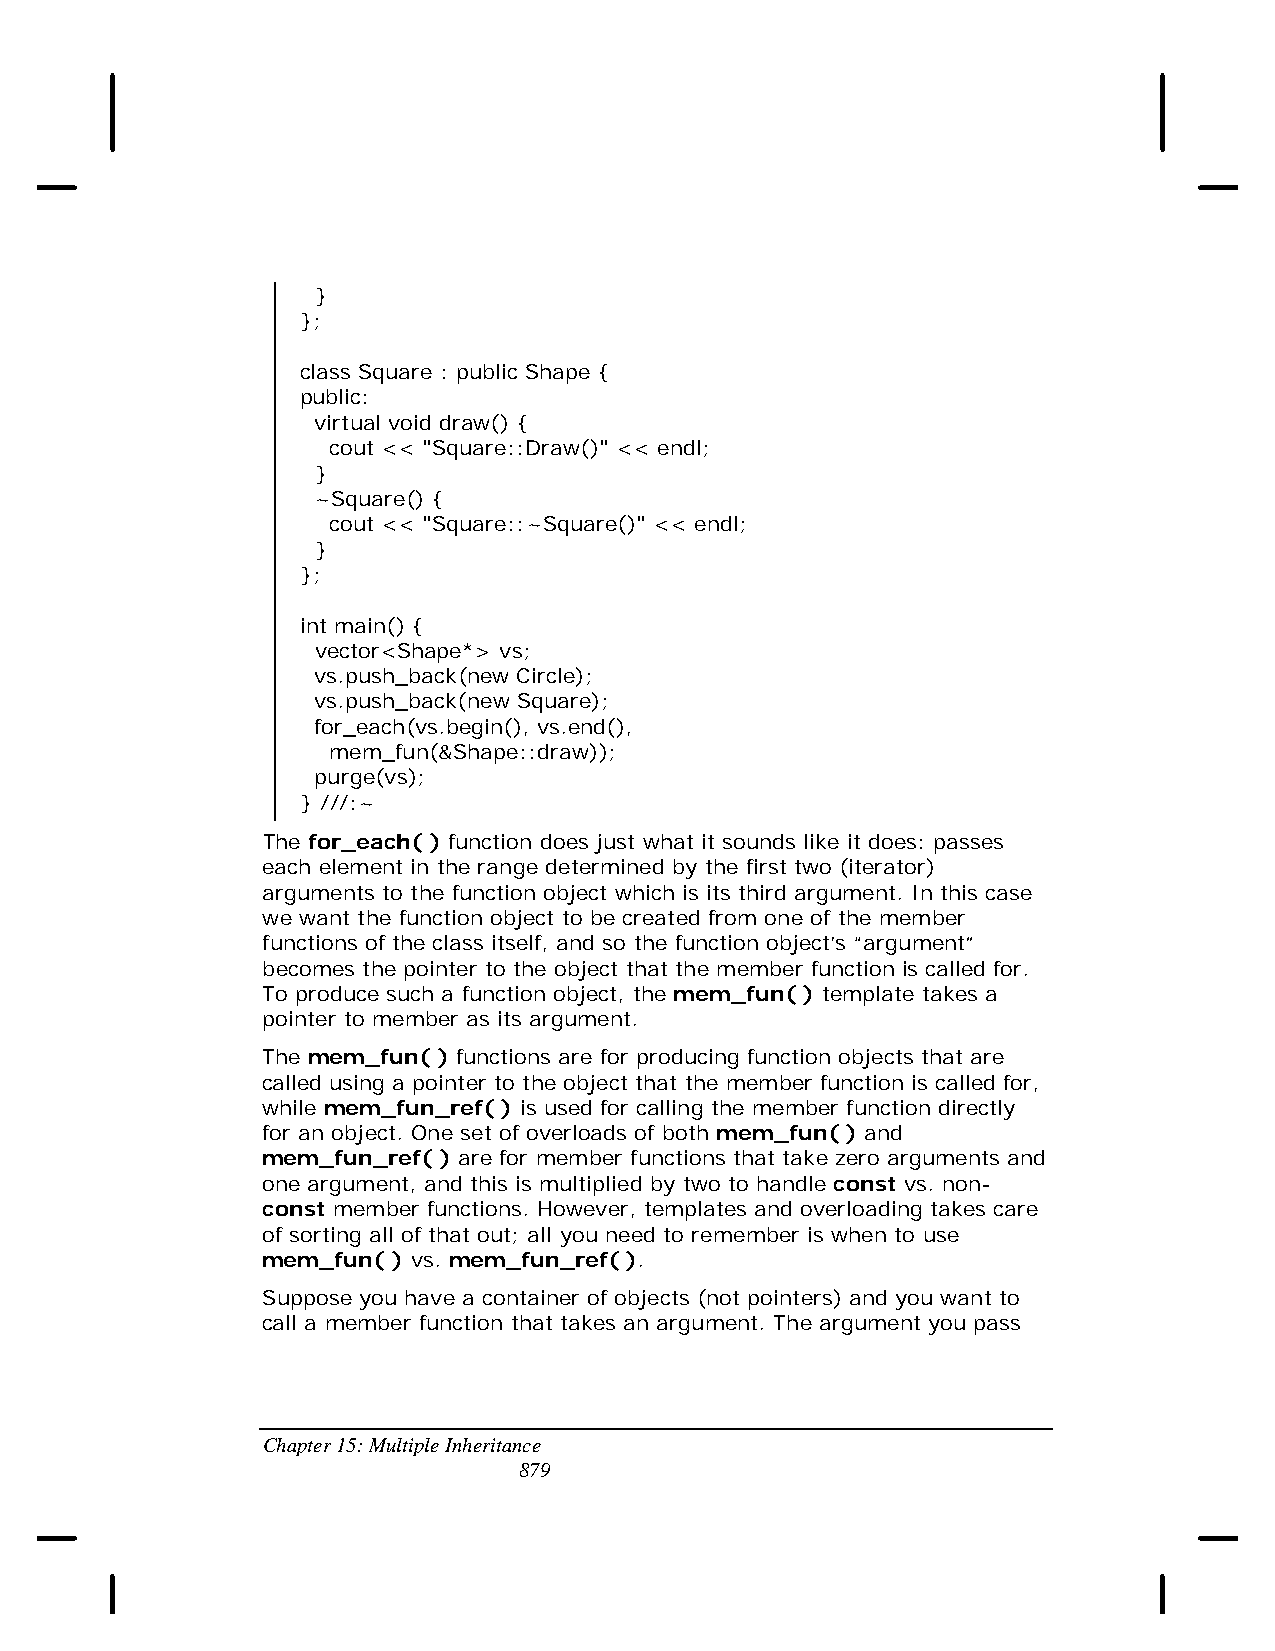
}
 };
 class Square : public Shape {
 public:
 virtual void draw() {
 cout << "Square::Draw()" << endl;
 }
 ~Square() {
 cout << "Square::~Square()" << endl;
 }
 };
 int main() {
 vector<Shape*> vs;
 vs.push_back(new Circle);
 vs.push_back(new Square);
 for_each(vs.begin(), vs.end(),
 mem_fun(&Shape::draw));
 purge(vs);
 } ///:~
 The for_each( ) function does just what it sounds like it does: passes
 each element in the range determined by the first two (iterator)
 arguments to the function object which is its third argument. In this case
 we want the function object to be created from one of the member
 functions of the class itself, and so the function object’s “argument”
 becomes the pointer to the object that the member function is called for.
 To produce such a function object, the mem_fun( ) template takes a
 pointer to member as its argument.
 The mem_fun( ) functions are for producing function objects that are
 called using a pointer to the object that the member function is called for,
 while mem_fun_ref( ) is used for calling the member function directly
 for an object. One set of overloads of both mem_fun( ) and
 mem_fun_ref( ) are for member functions that take zero arguments and
 one argument, and this is multiplied by two to handle const vs. non-
 const member functions. However, templates and overloading takes care
 of sorting all of that out; all you need to remember is when to use
 mem_fun( ) vs. mem_fun_ref( ).
 Suppose you have a container of objects (not pointers) and you want to
 call a member function that takes an argument. The argument you pass
 Chapter 15: Multiple Inheritance
 879